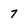
Character: 7